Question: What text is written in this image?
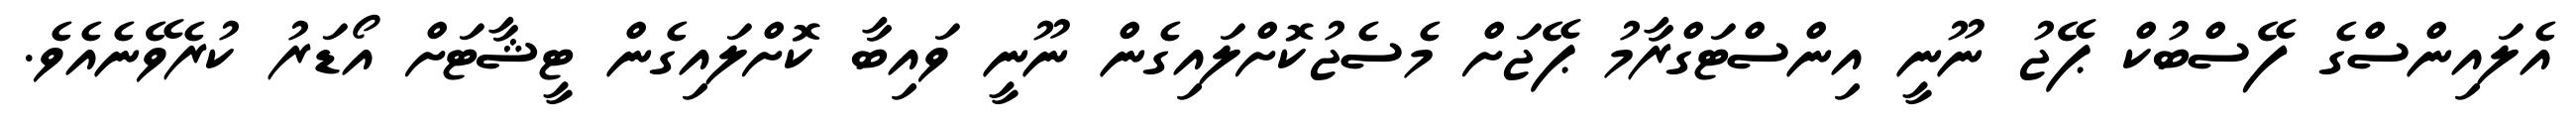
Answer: އެލައިންސްގެ ފޭސްބުކް ޕޭޖު ނޫނީ އިންސްޓަގްރާމު ޕޭޖަށް މެސެޖުކޮށްލައިގެން ނޫނީ ވައިބާ ކޮށްލައިގެން ޓީޝާޓަށް އޯޑަރު ކުރެވޭނެއެވެ.